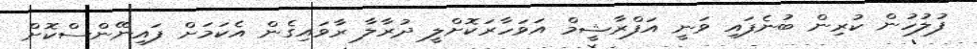
ފުލުހުން ކުރިން ބުނެފައި ވަނީ އަފްރާޝީމް އަވަހާރަކޮށްލީ ދުރާލާ ރާވައިގެން އެކަމަށް ފައިނޭންސްކޮށް